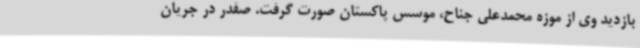
بازدید وی از موزه محمدعلی جناح، موسس پاکستان صورت گرفت. صفدر در جریان